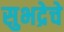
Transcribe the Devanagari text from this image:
सुभद्रेचे